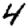
Digit: 4